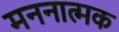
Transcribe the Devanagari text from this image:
मननात्मक